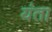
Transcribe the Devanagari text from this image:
यंता